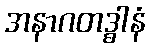
အနာဂတဒ္ဓါနံ